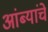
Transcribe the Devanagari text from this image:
आंब्यांचे